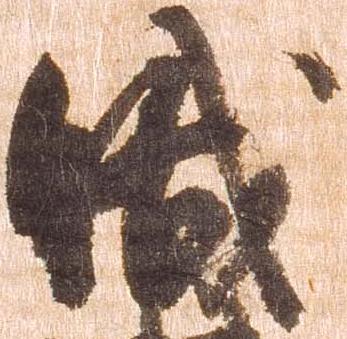
職